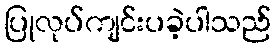
ပြုလုပ်ကျင်းပခဲ့ပါသည်